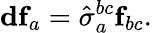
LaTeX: \mathbf{df}_{a}=\hat{\sigma}_{a}^{bc}\mathbf{f}_{bc}.